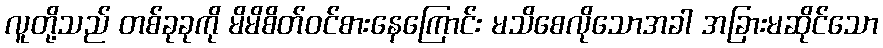
လူတို့သည် တစ်ခုခုကို မိမိစိတ်ဝင်စားနေကြောင်း မသိစေလိုသောအခါ အခြားမဆိုင်သော